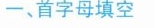
一、首字母填空